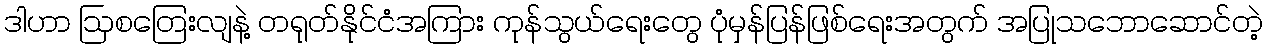
ဒါဟာ ဩစတြေးလျနဲ့ တရုတ်နိုင်ငံအကြား ကုန်သွယ်ရေးတွေ ပုံမှန်ပြန်ဖြစ်ရေးအတွက် အပြုသဘောဆောင်တဲ့